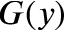
G ( y )